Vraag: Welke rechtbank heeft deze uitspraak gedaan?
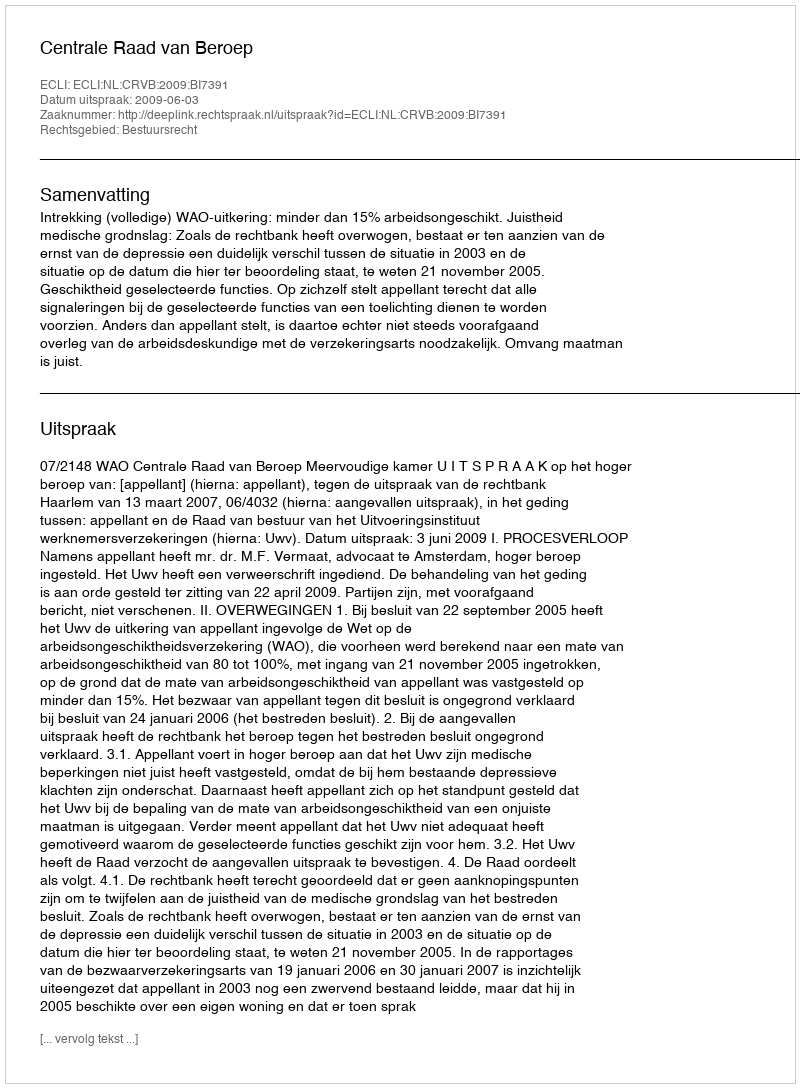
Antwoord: Centrale Raad van Beroep